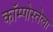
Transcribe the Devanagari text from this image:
कॉम्पोस्तेला